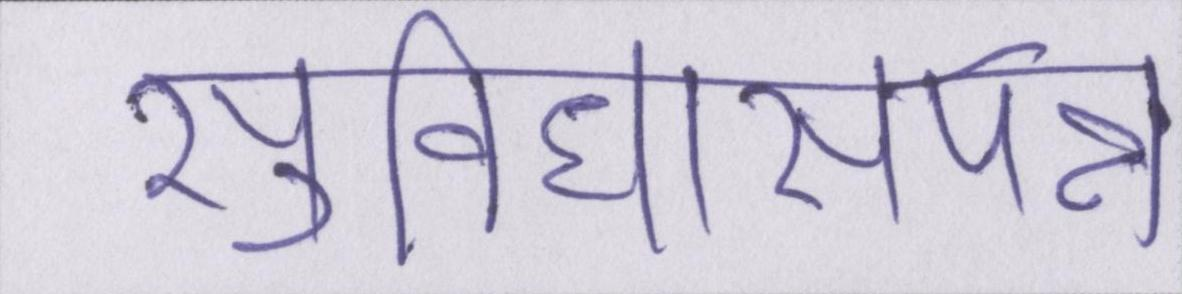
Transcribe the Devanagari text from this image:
सुविधासंपन्न